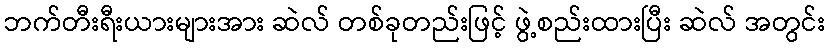
ဘက်တီးရီးယားများအား ဆဲလ် တစ်ခုတည်းဖြင့် ဖွဲ့စည်းထားပြီး ဆဲလ် အတွင်း